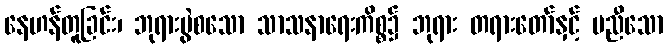
နေဟန်တူခြင်း၊ ဘုရားပွဲစသော သာသနာရေးကိစ္စ၌ ဘုရား တရားတော်နှင့် မညီသော